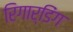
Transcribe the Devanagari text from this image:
रिगार्डिंग